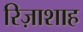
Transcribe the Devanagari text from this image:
रिज़ाशाह